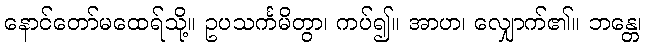
နောင်တော်မထေရ်သို့။ ဥပသင်္ကမိတွာ၊ ကပ်၍။ အာဟ၊ လျှောက်၏။ ဘန္တေ၊